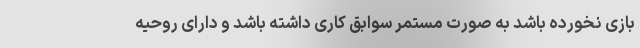
بازی نخورده باشد به صورت مستمر سوابق کاری داشته باشد و دارای روحیه